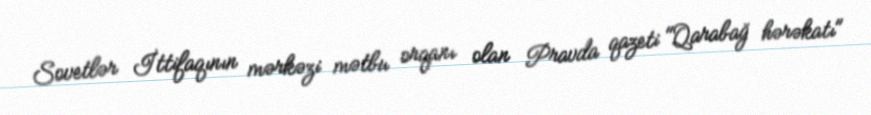
Sovetlər İttifaqının mərkəzi mətbu orqanı olan Pravda qazeti "Qarabağ hərəkatı"